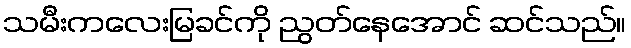
သမီးကလေးမြခင်ကို ညွတ်နေအောင် ဆင်သည်။